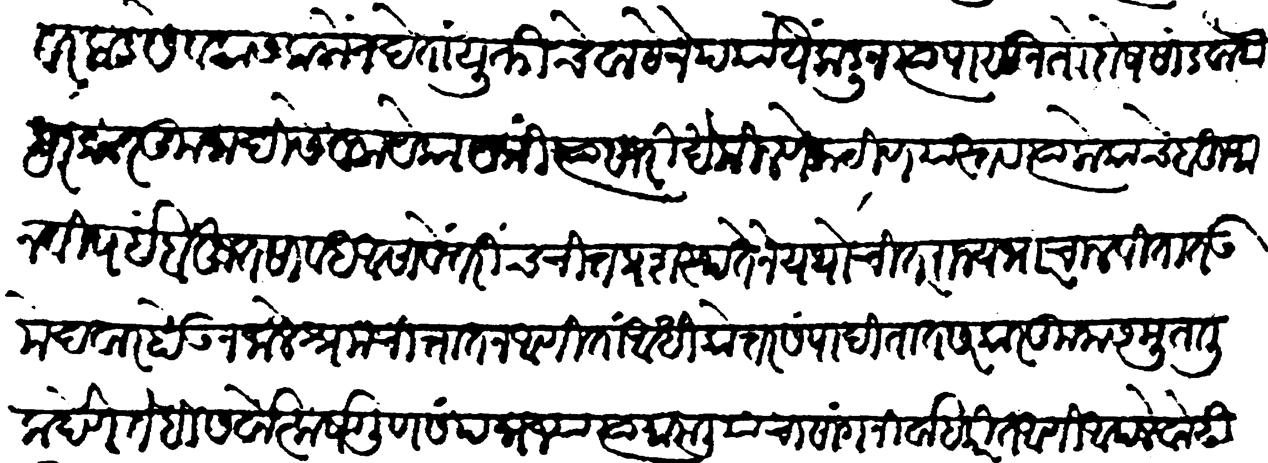
Transliteration (Devanagari): वरकड सेवकांस कळों न देतां युक्तीचे वाटेने पर्यायेंकडून त्यापासून तो दोष सोडवावा सरकारकुनादि सेवक येकायेकीं त्यासारिखे मिळणें कठीण यास्तव त्या लोकांचे बहुमानविषयीं बहुत सावध असावें तरीच चित्तप्रशस्ततेने यथोचित राज्यभार चालवितात उमेदवार होऊन जाले श्रम चित्तांत न आणितां अधिकोत्तर संपादितात सरकारकुनास मुतालिक देणें तेहि सर्वोत्कर्षगुणसंपन्न ज्या त्या मामलियाचा सांग निर्वाह करीत आणि आपले वोढीचे